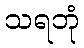
သရဘုံ